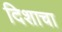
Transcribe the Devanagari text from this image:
दिशाचा